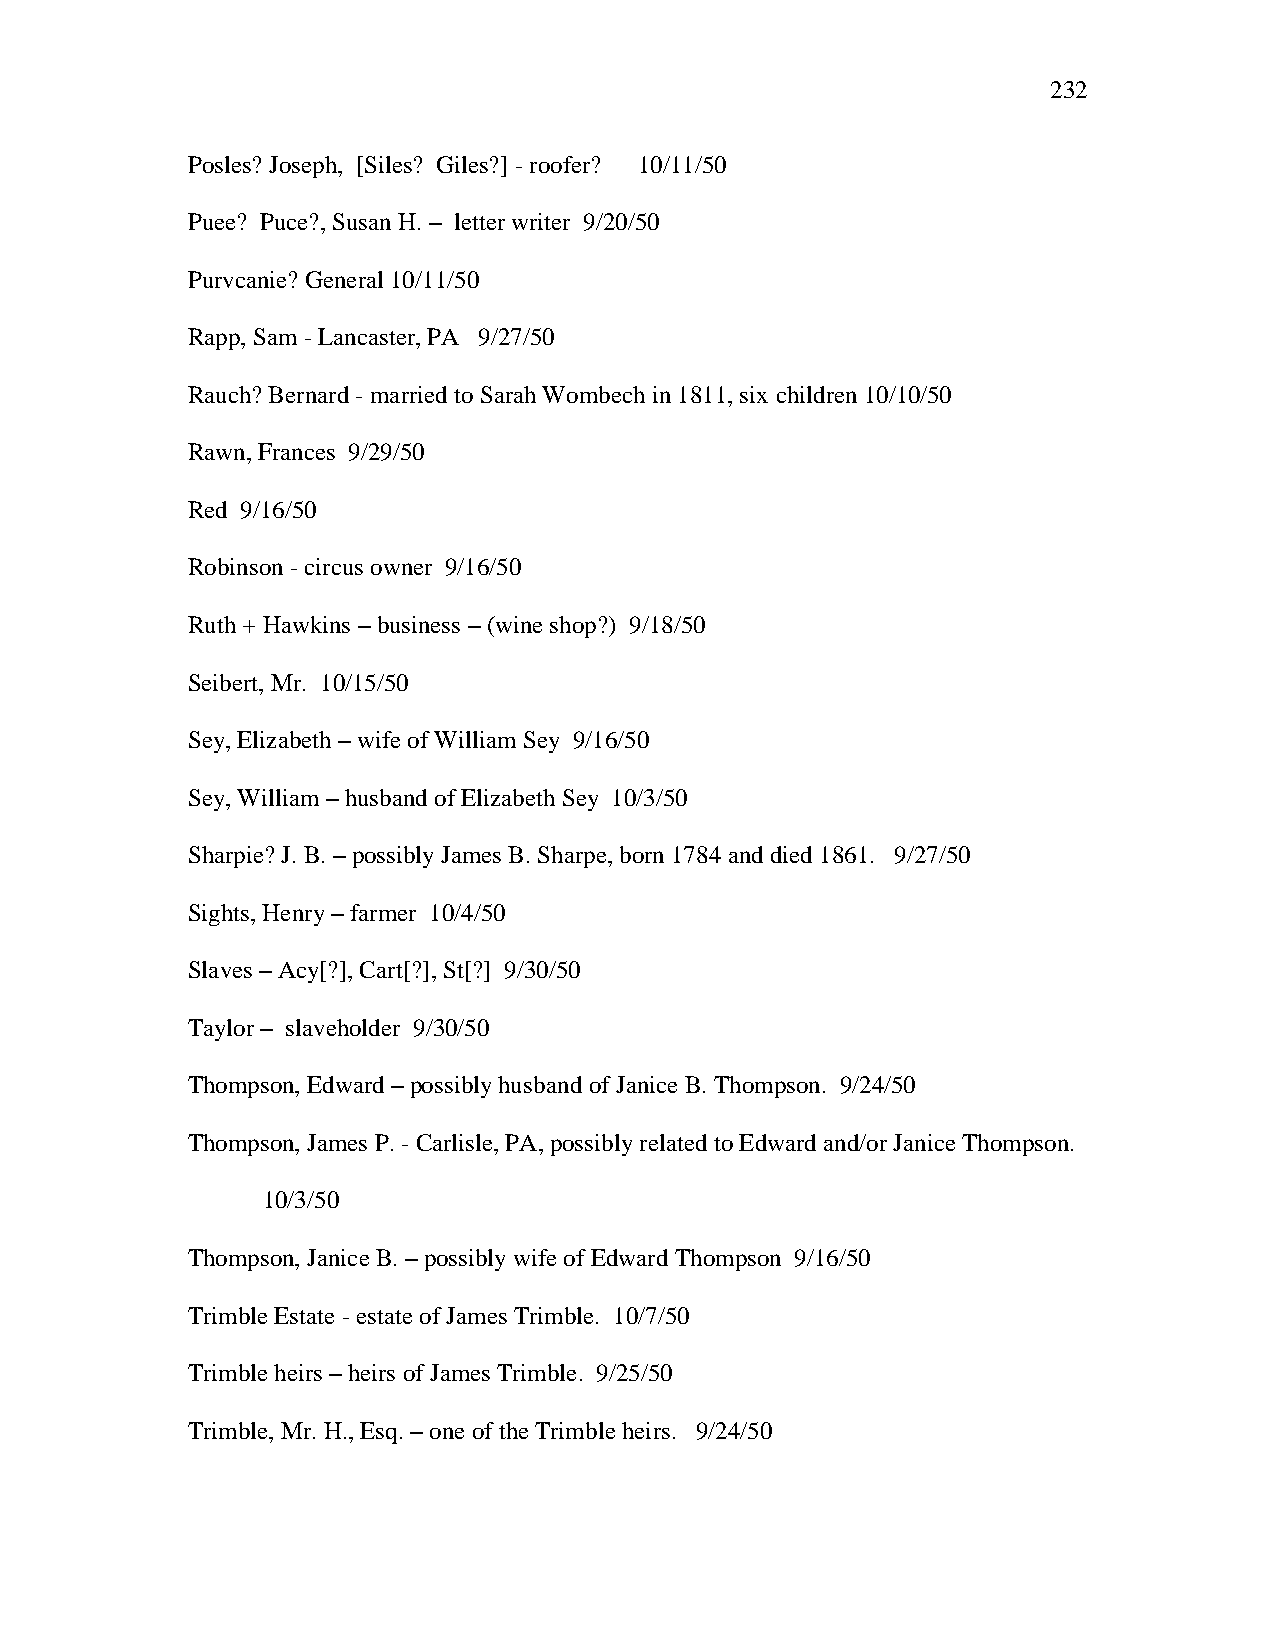
232
 Posles? Joseph, [Siles? Giles?] - roofer? 10/11/50
 Puee? Puce?, Susan H. – letter writer 9/20/50
 Purvcanie? General 10/11/50
 Rapp, Sam - Lancaster, PA 9/27/50
 Rauch? Bernard - married to Sarah Wombech in 1811, six children 10/10/50
 Rawn, Frances 9/29/50
 Red 9/16/50
 Robinson - circus owner 9/16/50
 Ruth + Hawkins – business – (wine shop?) 9/18/50
 Seibert, Mr. 10/15/50
 Sey, Elizabeth – wife of William Sey 9/16/50
 Sey, William – husband of Elizabeth Sey 10/3/50
 Sharpie? J. B. – possibly James B. Sharpe, born 1784 and died 1861. 9/27/50
 Sights, Henry – farmer 10/4/50
 Slaves – Acy[?], Cart[?], St[?] 9/30/50
 Taylor – slaveholder 9/30/50
 Thompson, Edward – possibly husband of Janice B. Thompson. 9/24/50
 Thompson, James P. - Carlisle, PA, possibly related to Edward and/or Janice Thompson.
 10/3/50
 Thompson, Janice B. – possibly wife of Edward Thompson 9/16/50
 Trimble Estate - estate of James Trimble. 10/7/50
 Trimble heirs – heirs of James Trimble. 9/25/50
 Trimble, Mr. H., Esq. – one of the Trimble heirs. 9/24/50